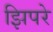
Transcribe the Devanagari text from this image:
झिपरे